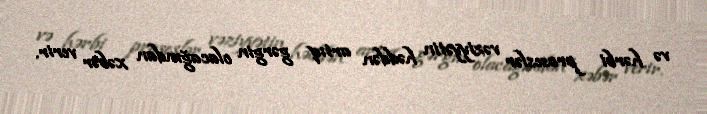
və hərbi proseslər vəziyyətin həddən artıq gərgin olacağından xəbər verir.